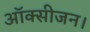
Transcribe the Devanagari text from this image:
ऑक्सीजन।